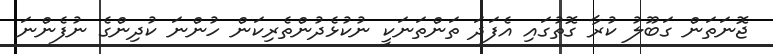
ޖޮނަތަން ގަބޫލު ކުރާ ގޮތުގައި އެފަދަ ތަންތަނަކީ ނުކުޅެދުންތެރިކަން ހުންނަ ކުދިންގެ ނުފެންނަ